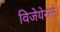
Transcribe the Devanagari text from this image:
विजेयेरत्ने